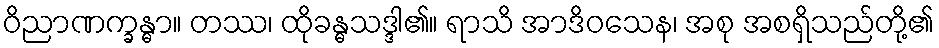
ဝိညာဏက္ခန္ဓာ။ တဿ၊ ထိုခန္ဓသဒ္ဒါ၏။ ရာသိ အာဒိဝသေန၊ အစု အစရှိသည်တို့၏